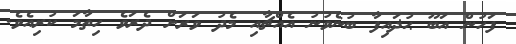
ފަހުން އަބޫ ޙުޛައިފާ ބުނެވުނު އެއްޗާއި މެދު ވަރަށް ދެރަވެ ހިތާމަ ކުރިއެވެ.